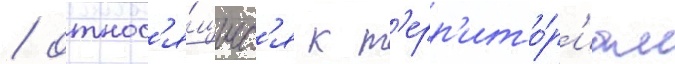
/ относ'я́щиес'я к т'ерр'ито́р'иам